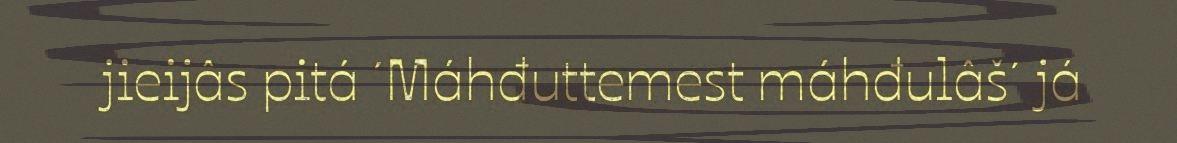
jieijâs pitá ´Máhđuttemest máhđulâš´ já